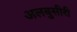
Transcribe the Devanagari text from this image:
अलबुसीरी